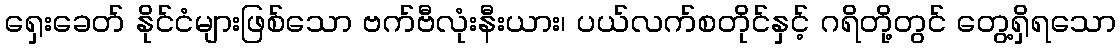
ရှေးခေတ် နိုင်ငံများဖြစ်သော ဗက်ဗီလုံးနီးယား၊ ပယ်လက်စတိုင်နှင့် ဂရိတို့တွင် တွေ့ရှိရသော